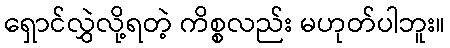
ရှောင်လွှဲလို့ရတဲ့ ကိစ္စလည်း မဟုတ်ပါဘူး။